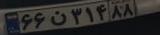
۶۶ن۳۱۴۸۸